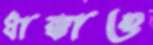
ধাক্কাও